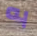
به